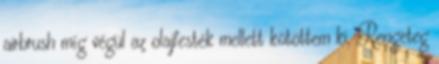
airbrush míg végül az olajfesték mellett kötöttem ki. Rengeteg